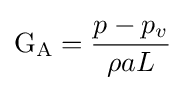
\mathrm {G_{A}} ={\frac {p-p_{v}}{\rho aL}}